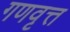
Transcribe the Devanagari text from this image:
गणवृत्त